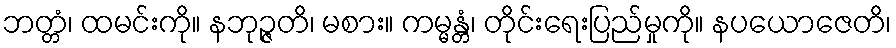
ဘတ္တံ၊ ထမင်းကို။ နဘုဉ္ဇတိ၊ မစား။ ကမ္မန္တံ၊ တိုင်းရေးပြည်မှုကို။ နပယောဇေတိ၊